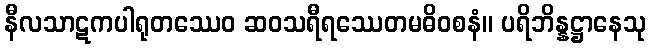
နီလသာဋကပါရုတဿေဝ ဆဝသရီရဿေတမဓိဝစနံ။ ပရိဘိန္နဋ္ဌာနေသု